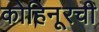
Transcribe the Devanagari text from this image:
कोहिनूरची